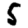
Digit: 5